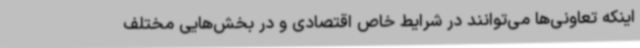
اینکه تعاونی‌ها می‌توانند در شرایط خاص اقتصادی و در بخش‌هایی مختلف